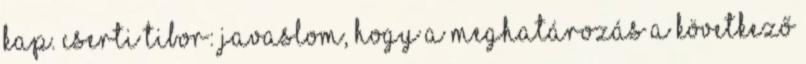
kap. Cserti Tibor: Javaslom, hogy a meghatározás a következő